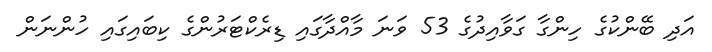
އަދި ބޭންކުގެ ހިންގާ ގަވާއިދުގެ 53 ވަނަ މާއްދާގައި ޑިރެކްޓަރުންގެ ކިބައިގައި ހުންނަން